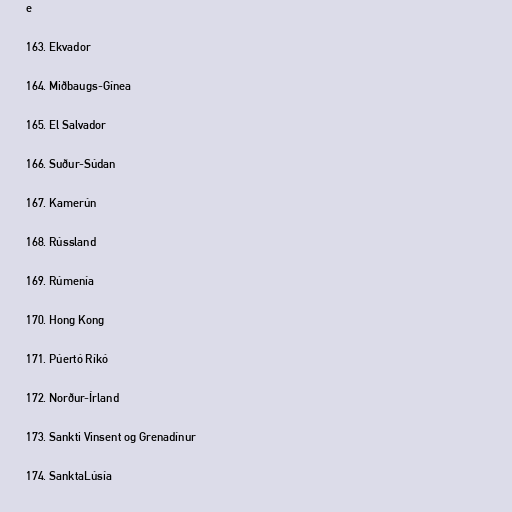
e

163. Ekvador

164. Miðbaugs-Gínea

165. El Salvador

166. Suður-Súdan

167. Kamerún

168. Rússland

169. Rúmenía

170. Hong Kong

171. Púertó Ríkó

172. Norður-Írland

173. Sankti Vinsent og Grenadínur

174. SanktaLúsía